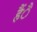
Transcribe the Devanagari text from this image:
हैंै